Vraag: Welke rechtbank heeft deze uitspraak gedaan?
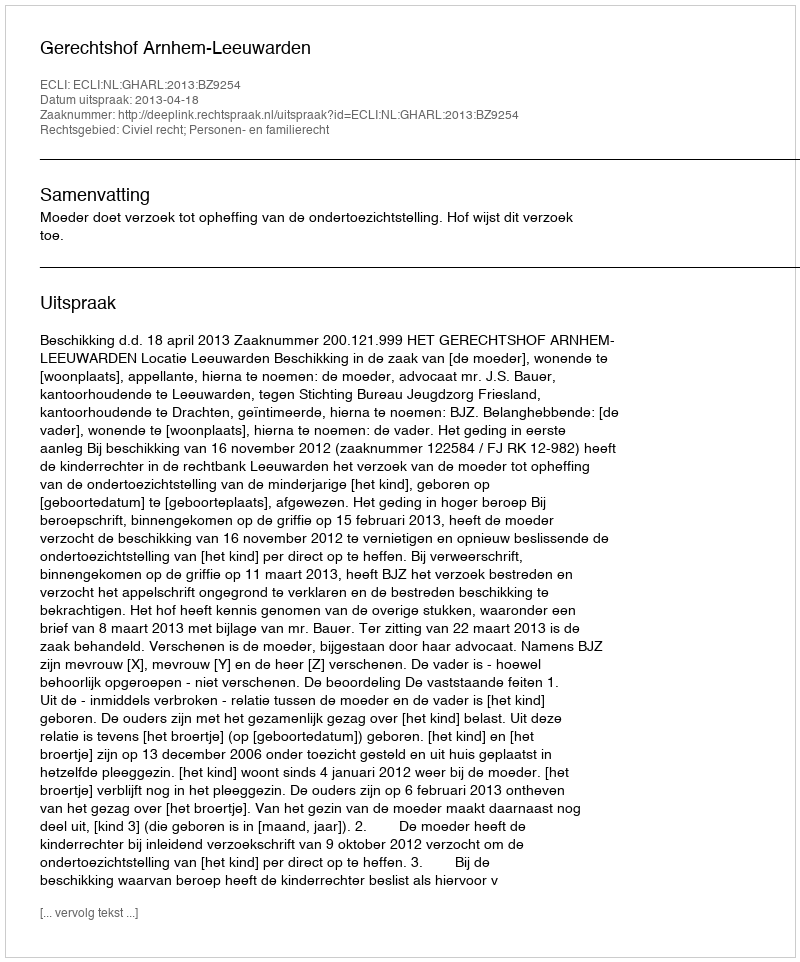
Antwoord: Gerechtshof Arnhem-Leeuwarden